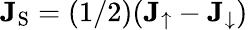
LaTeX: \mathbf{J}_{\textrm{S}}=(1/2)(\mathbf{J}_{\uparrow}-\mathbf{J}_{\downarrow})